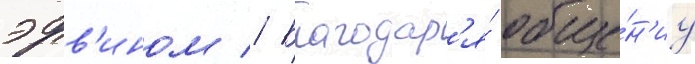
эрв'ином // Благодар'я́ обще́н'иу